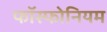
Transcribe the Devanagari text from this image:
फॉस्फोनियम